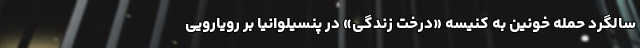
سالگرد حمله خونین به کنیسه «درخت زندگی» در پنسیلوانیا بر رویارویی